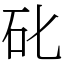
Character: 䂗